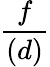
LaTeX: \frac{f}{(d)}